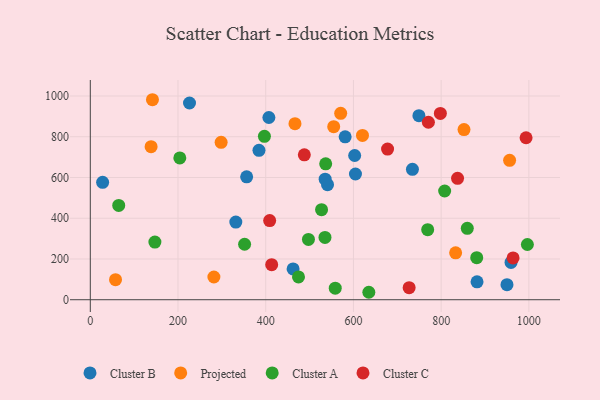
{"axis": {"x": "Investment", "y": "Yield"}, "legend": ["Cluster A", "Cluster B", "Cluster C", "Projected"], "data": [{"x": "950.1", "y": 74.1, "type": "Cluster B"}, {"x": "28.1", "y": 576.4, "type": "Cluster B"}, {"x": "226.2", "y": 965.8, "type": "Cluster B"}, {"x": "540.9", "y": 564.7, "type": "Cluster B"}, {"x": "331.8", "y": 381.2, "type": "Cluster B"}, {"x": "535.5", "y": 591.7, "type": "Cluster B"}, {"x": "734.5", "y": 640.2, "type": "Cluster B"}, {"x": "407.2", "y": 894.5, "type": "Cluster B"}, {"x": "602.8", "y": 708.0, "type": "Cluster B"}, {"x": "581.1", "y": 799.5, "type": "Cluster B"}, {"x": "604.6", "y": 617.1, "type": "Cluster B"}, {"x": "384.6", "y": 733.3, "type": "Cluster B"}, {"x": "959.3", "y": 182.9, "type": "Cluster B"}, {"x": "881.8", "y": 88.0, "type": "Cluster B"}, {"x": "462.4", "y": 151.3, "type": "Cluster B"}, {"x": "356.5", "y": 603.1, "type": "Cluster B"}, {"x": "749.3", "y": 903.6, "type": "Cluster B"}, {"x": "956.1", "y": 684.1, "type": "Projected"}, {"x": "141.7", "y": 981.8, "type": "Projected"}, {"x": "298.3", "y": 772.7, "type": "Projected"}, {"x": "833.0", "y": 230.3, "type": "Projected"}, {"x": "138.6", "y": 751.2, "type": "Projected"}, {"x": "57.5", "y": 98.5, "type": "Projected"}, {"x": "281.8", "y": 111.7, "type": "Projected"}, {"x": "555.0", "y": 849.7, "type": "Projected"}, {"x": "852.1", "y": 835.1, "type": "Projected"}, {"x": "466.7", "y": 864.4, "type": "Projected"}, {"x": "570.9", "y": 915.0, "type": "Projected"}, {"x": "620.6", "y": 806.4, "type": "Projected"}, {"x": "558.5", "y": 56.7, "type": "Cluster A"}, {"x": "536.7", "y": 667.0, "type": "Cluster A"}, {"x": "769.3", "y": 344.0, "type": "Cluster A"}, {"x": "351.8", "y": 272.4, "type": "Cluster A"}, {"x": "64.8", "y": 463.1, "type": "Cluster A"}, {"x": "881.1", "y": 206.4, "type": "Cluster A"}, {"x": "527.3", "y": 442.2, "type": "Cluster A"}, {"x": "204.1", "y": 695.9, "type": "Cluster A"}, {"x": "535.1", "y": 305.7, "type": "Cluster A"}, {"x": "147.3", "y": 283.2, "type": "Cluster A"}, {"x": "996.6", "y": 271.2, "type": "Cluster A"}, {"x": "497.4", "y": 296.0, "type": "Cluster A"}, {"x": "808.0", "y": 533.8, "type": "Cluster A"}, {"x": "397.0", "y": 802.3, "type": "Cluster A"}, {"x": "635.1", "y": 36.6, "type": "Cluster A"}, {"x": "474.7", "y": 111.8, "type": "Cluster A"}, {"x": "859.6", "y": 350.3, "type": "Cluster A"}, {"x": "413.6", "y": 172.0, "type": "Cluster C"}, {"x": "964.0", "y": 205.0, "type": "Cluster C"}, {"x": "798.2", "y": 914.5, "type": "Cluster C"}, {"x": "770.9", "y": 871.2, "type": "Cluster C"}, {"x": "488.0", "y": 711.4, "type": "Cluster C"}, {"x": "677.8", "y": 739.5, "type": "Cluster C"}, {"x": "409.0", "y": 388.7, "type": "Cluster C"}, {"x": "993.6", "y": 795.2, "type": "Cluster C"}, {"x": "727.0", "y": 59.0, "type": "Cluster C"}, {"x": "837.4", "y": 595.9, "type": "Cluster C"}]}